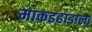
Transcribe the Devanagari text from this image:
माकडहाडाला